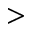
>